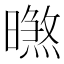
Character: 㬠